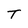
Character: T